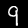
Digit: 9